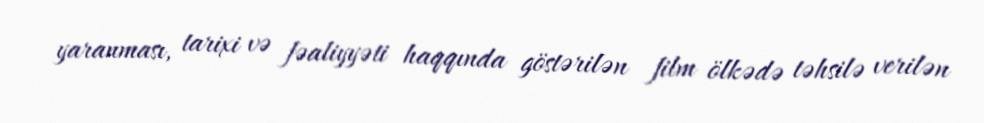
yaranması, tarixi və fəaliyyəti haqqında göstərilən film ölkədə təhsilə verilən